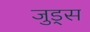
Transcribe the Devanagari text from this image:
जुड्स